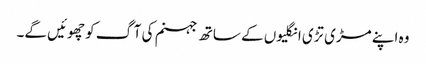
وہ اپنے مڑی تڑی انگلیوں کے ساتھ جہنم کی آگ کو چھوئیں گے۔